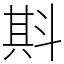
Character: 㪸